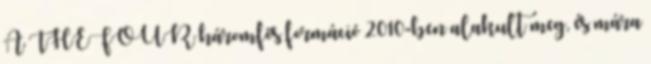
A THEFOUR háromfős formáció 2010-ben alakult meg, és mára